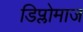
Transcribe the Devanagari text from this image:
डिप्लोमाज